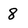
Character: 8